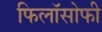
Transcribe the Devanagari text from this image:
फिलॉसोफी